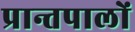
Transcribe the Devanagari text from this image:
प्रान्तपालों